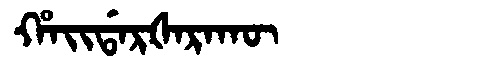
Manchu: ᡥᠠᡳᡩᠠᡵᡧᠠᡵᠠᡴᡡ
Romanization: HAIDARŠARAKŪ